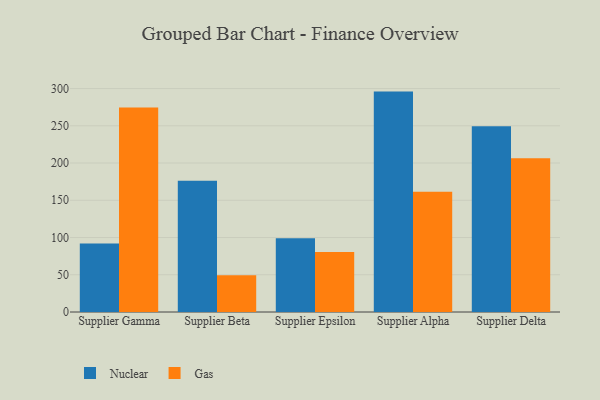
{"axis": {"x": "Supplier", "y": "Shipments"}, "legend": ["Gas", "Nuclear"], "data": [{"x": "Supplier Gamma", "y": 91.9, "type": "Nuclear"}, {"x": "Supplier Gamma", "y": 274.4, "type": "Gas"}, {"x": "Supplier Beta", "y": 176.1, "type": "Nuclear"}, {"x": "Supplier Beta", "y": 49.2, "type": "Gas"}, {"x": "Supplier Epsilon", "y": 98.9, "type": "Nuclear"}, {"x": "Supplier Epsilon", "y": 80.7, "type": "Gas"}, {"x": "Supplier Alpha", "y": 295.9, "type": "Nuclear"}, {"x": "Supplier Alpha", "y": 161.5, "type": "Gas"}, {"x": "Supplier Delta", "y": 249.5, "type": "Nuclear"}, {"x": "Supplier Delta", "y": 206.5, "type": "Gas"}]}